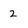
Character: 2